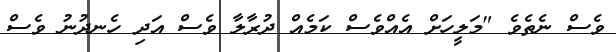
ވެސް ނެތެވެ "މަލީހަށް އެއްވެސް ކަމެއް ދުރާލާ ވެސް އަދި ހެނދުނު ވެސް